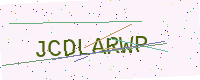
Text: JCDLARWP